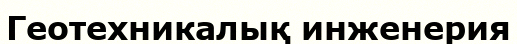
Геотехникалық инженерия